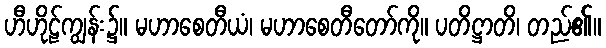
ဟီဟိုဠ်ကျွန်း၌။ မဟာစေတီယံ၊ မဟာစေတီတော်ကို။ ပတိဋ္ဌာတိ၊ တည်၏။